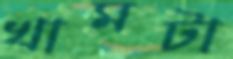
খামটা